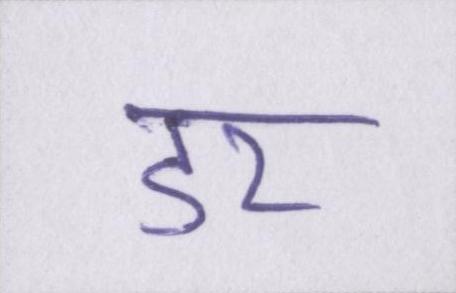
डर